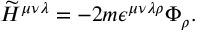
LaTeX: { \widetilde H } ^ { \mu \nu \lambda } = - 2 m \epsilon ^ { \mu \nu \lambda \rho } \Phi _ { \rho } .